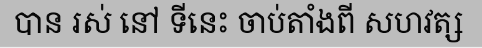
បាន រស់ នៅ ទីនេះ ចាប់តាំងពី សហវត្ស